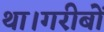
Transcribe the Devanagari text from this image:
था।गरीबों